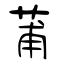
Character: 莆